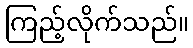
ကြည့်လိုက်သည်။